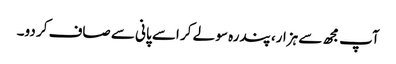
آپ مجھ سے ہزار، پندرہ سو لے کر اسے پانی سے صاف کر دو۔